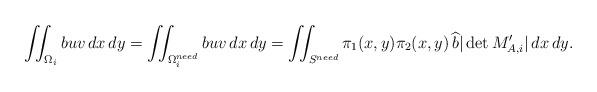
LaTeX: \begin{align*}\iint_{\Omega_i} b uv \,dx\,dy & = \iint_{\Omega_i^{need}} b u v\,dx\,dy = \iint_{S^{need}} \pi_1(x,y) \pi_2(x,y)\, \widehat b |\operatorname*{det} M_{A,i}^\prime| \,dx\, dy . \end{align*}